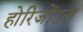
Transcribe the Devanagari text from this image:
होरिजोंटल